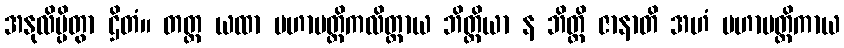
အနုလိမ္ပိတွာ ဌိတံ။ တတ္ထ ယထာ မဟာမတ္တိကလိတ္တာယ ဘိတ္တိယာ န ဘိတ္တိ ဇာနာတိ အဟံ မဟာမတ္တိကာယ